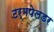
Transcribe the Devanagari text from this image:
टर्मपेलडर